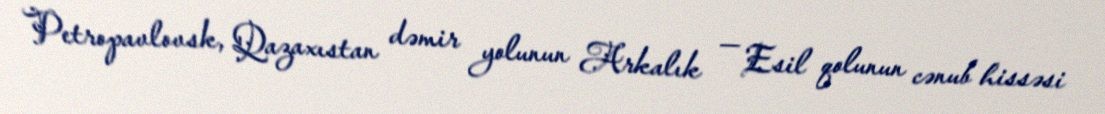
Petropavlovsk, Qazaxıstan dəmir yolunun Arkalık — Esil qolunun cənub hissəsi